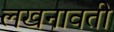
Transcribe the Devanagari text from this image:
लखनावती